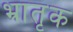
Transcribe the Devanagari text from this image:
भ्रातृक